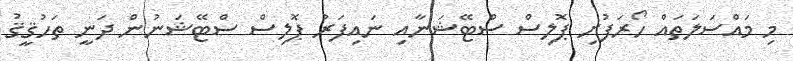
މި މައްސަލަތައް ހޯރަފުށި ޕޮލިސް ސްޓޭޝަނާއި ނައިފަރު ޕޮލިސް ސްޓޭޝަނުން ދަނީ ތަހުޤީޤު